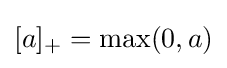
[a]_{+}=\max(0,a)